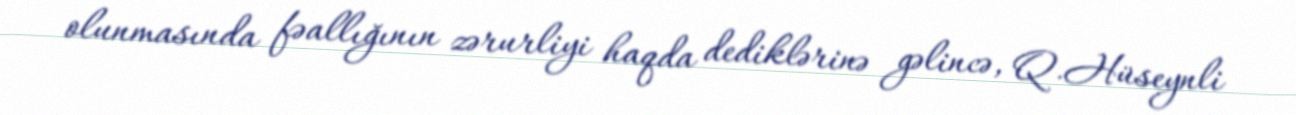
olunmasında fəallığının zərurliyi haqda dediklərinə gəlincə, Q.Hüseynli